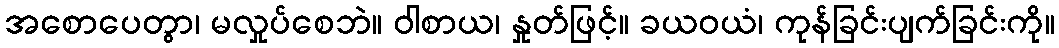
အစောပေတွာ၊ မလှုပ်စေဘဲ။ ဝါစာယ၊ နှုတ်ဖြင့်။ ခယဝယံ၊ ကုန်ခြင်းပျက်ခြင်းကို။